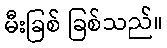
မီးခြစ် ခြစ်သည်။